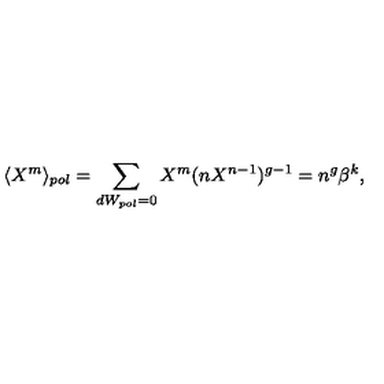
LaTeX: \langle X ^ { m } \rangle _ { p o l } = \sum _ { d W _ { p o l } = 0 } X ^ { m } ( n X ^ { n - 1 } ) ^ { g - 1 } = n ^ { g } \beta ^ { k } ,